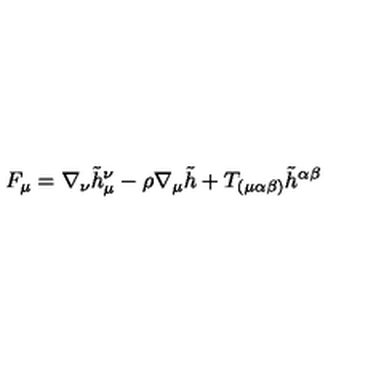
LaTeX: F _ { \mu } = \nabla _ { \nu } \tilde { h } _ { \mu } ^ { \nu } - \rho \nabla _ { \mu } \tilde { h } + T _ { ( \mu \alpha \beta ) } \tilde { h } ^ { \alpha \beta }